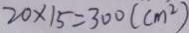
2 0 \times 1 5 = 3 0 0 ( c m ^ { 2 } )